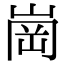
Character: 崗